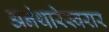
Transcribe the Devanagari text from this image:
अनंथारेस्वरार